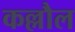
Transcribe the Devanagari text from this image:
कल्लौल